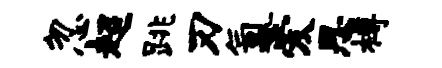
忽超跳刃氲爱思樽